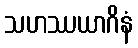
သဟဿယာဂိနံ